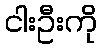
ငါးဦးကို